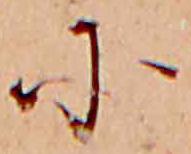
に